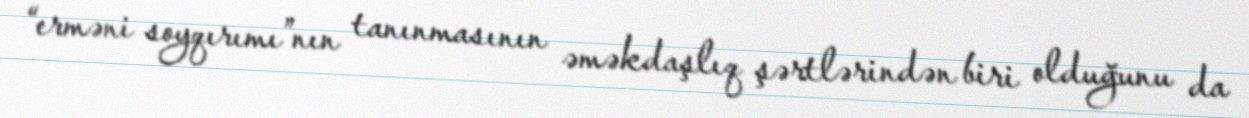
“erməni soyqırımı”nın tanınmasının əməkdaşlıq şərtlərindən biri olduğunu da